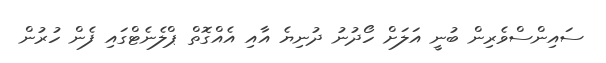
ސައިންސްވެރިން ބުނީ އަލަށް ހޯދުނު ދުނިޔެ އާއި އެއްގޮތް ޕްލެނެޓްގައި ފެން ހުރުން